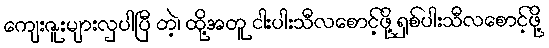
ကျေးဇူးများလှပါပြီ တဲ့၊ ထို့အတူ ငါးပါးသီလစောင့်ဖို့ ရှစ်ပါးသီလစောင့်ဖို့